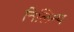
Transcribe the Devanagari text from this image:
निलिम्प